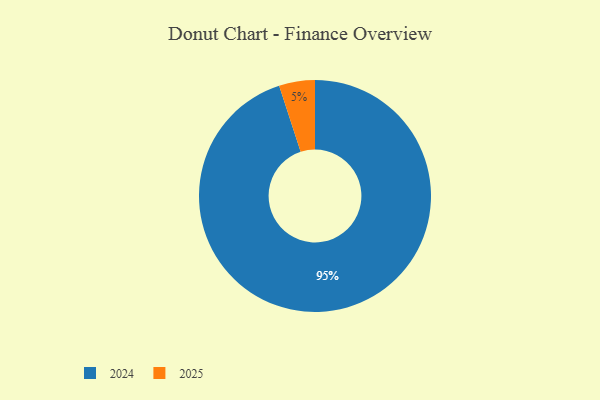
{"axis": {"x": "Category", "y": "Percentage"}, "legend": ["2024", "2025"], "data": [{"x": "2024", "y": 95, "type": "2024"}, {"x": "2025", "y": 5, "type": "2025"}]}